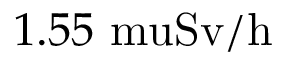
1 . 5 5 \mathrm { { \ m u } S v / h }